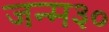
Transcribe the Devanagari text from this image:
जन्म३०